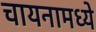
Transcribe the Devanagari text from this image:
चायनामध्ये